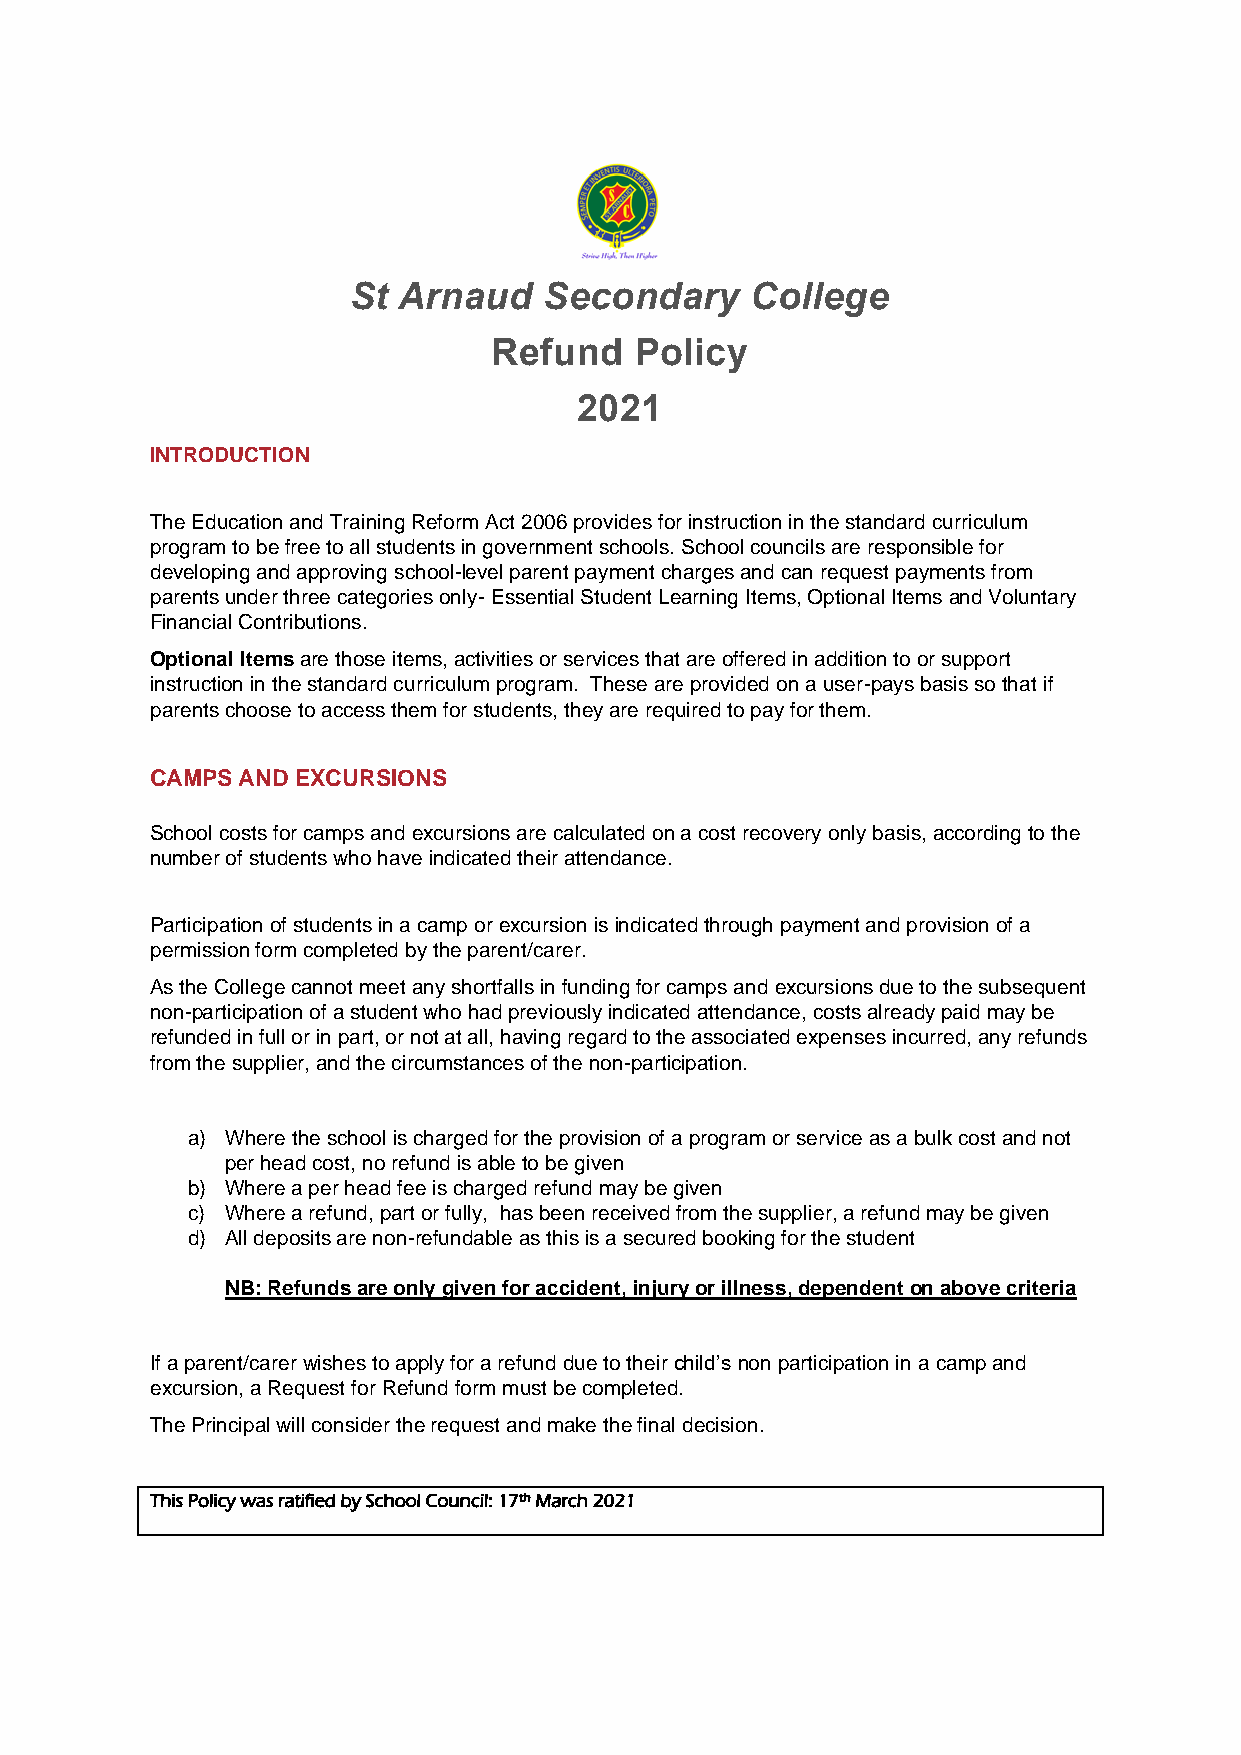
St Arnaud    Secondary     College
 Refund   Policy
 2021
 INTRODUCTION
 The Education and Training Reform Act 2006 provides for instruction in the standard curriculum
 program to be free to all sPtudAentRs in EgovNernTme nPt scAhoYols.M SchEoolN couTnc ilsP arOe reLspoInCsiblYe fo rA ND
 developing and approving school-level parent payment charges and can request payments from
 parents under three categories only- Essential Student LeaIrnMing PItemLs, EOpMtionaEl IteNmsT anAd VToluInOtaryN
 Financial Contributions.
 OSpcthioonaol lI tNemasm aree those items, activities or services that are offered in addition to or support
 instruction in the standard curriculum program. These are provided on a user-pays basis so that if
 parents choose to access them for students, they are required to pay for them.
 CAMPS AND EXCURSIONS
 School costs for camps and excursions are calculated on a cost recovery only basis, according to the
 number of students who have indicated their attendance.
 Participation of students in a camp or excursion is indicated through payment and provision of a
 permission form completed by the parent/carer.
 As the College cannot meet any shortfalls in funding for camps and excursions due to the subsequent
 non-participation of a student who had previously indicated attendance, costs already paid may be
 refunded in full or in part, or not at all, having regard to the associated expenses incurred, any refunds
 from the supplier, and the circumstances of the non-participation.
 a) Where the school is charged for the provision of a program or service as a bulk cost and not
 per head cost, no refund is able to be given
 b) Where a per head fee is charged refund may be given
 c) Where a refund, part or fully, has been received from the supplier, a refund may be given
 d) All deposits are non-refundable as this is a secured booking for the student
 NB: Refunds are only given for accident, injury or illness, dependent on above criteria
 If a parent/carer wishes to apply for a refund due to their child’s non participation in a camp and
 excursion, a Request for Refund form must be completed.
 The Principal will consider the request and make the final decision.
 This Policy was ratified by School Council: 17th March 2021